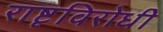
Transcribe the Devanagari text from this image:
राष्टृविरोधी